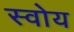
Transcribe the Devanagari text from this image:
स्वोय